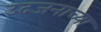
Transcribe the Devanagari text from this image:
उदजनाच्या